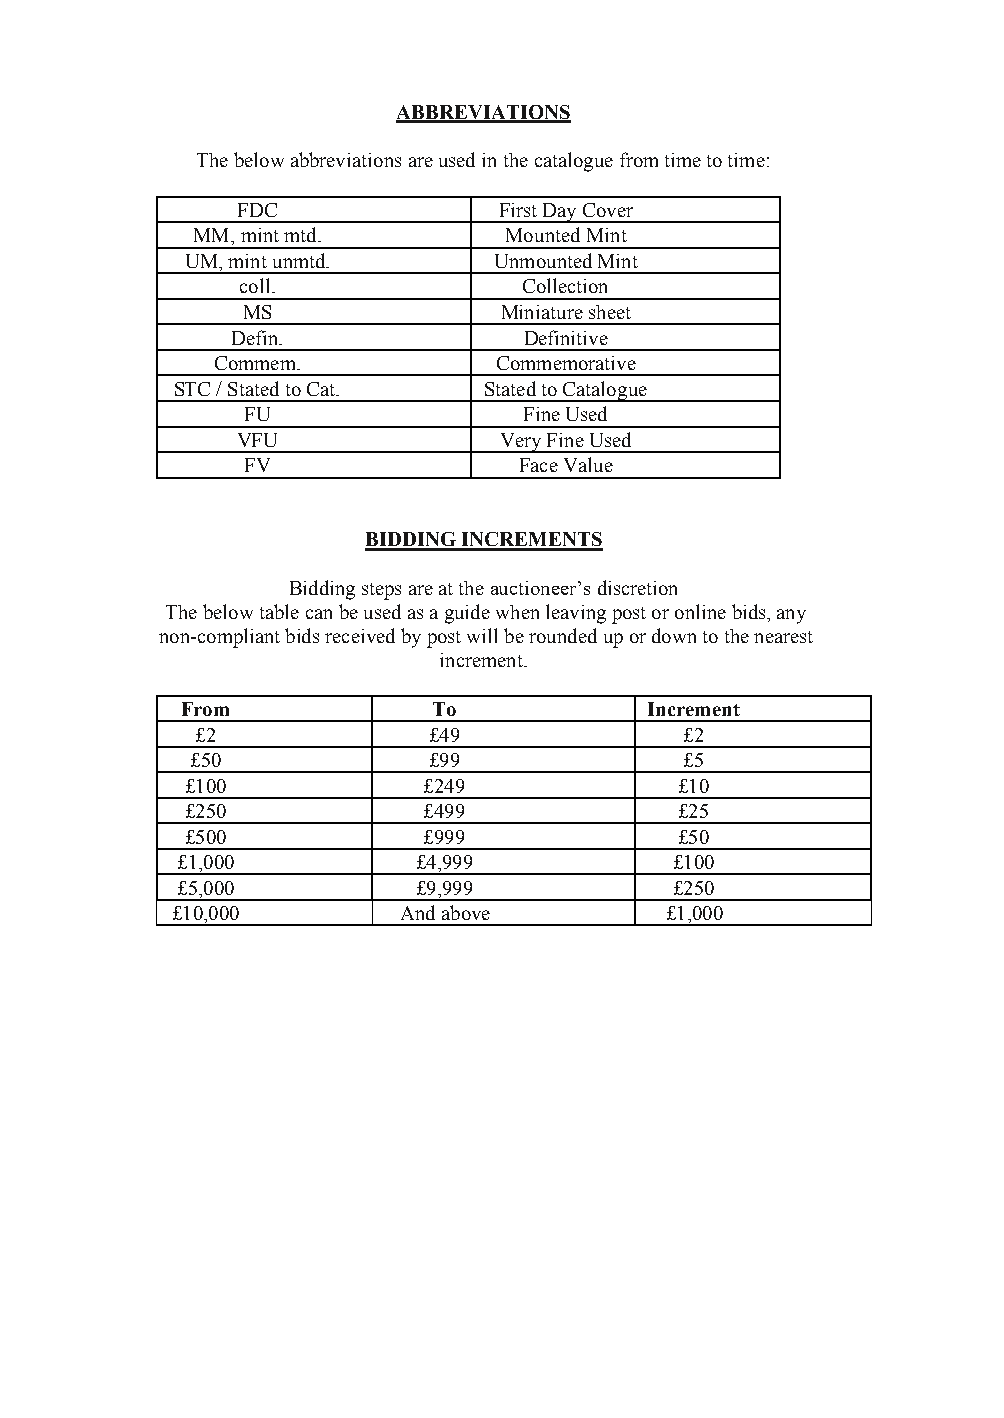
ABBREVIATIONS
 The below abbreviations are used in the catalogue from time to time:
 FDC              First Day Cover
 MM, mint mtd.       Mounted Mint
 UM, mint unmtd.      Unmounted Mint
 coll.              Collection
 MS               Miniature sheet
 Defin.              Definitive
 Commem.            Commemorative
 STC / Stated to Cat. Stated to Catalogue
 FU                 Fine Used
 VFU              Very Fine Used
 FV                Face Value
 BIDDING INCREMENTS
 Bidding steps are at the auctioneer’s discretion
 The below table can be used as a guide when leaving post or online bids, any
 non-compliant bids received by post will be rounded up or down to the nearest
 increment.
 From             To            Increment
 £2             £49              £2
 £50            £99              £5
 £100            £249             £10
 £250            £499             £25
 £500            £999             £50
 £1,000          £4,999           £100
 £5,000          £9,999           £250
 £10,000        And above         £1,000